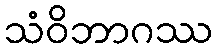
သံဝိဘာဂဿ